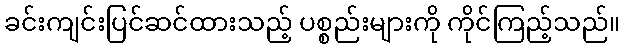
ခင်းကျင်းပြင်ဆင်ထားသည့် ပစ္စည်းများကို ကိုင်ကြည့်သည်။